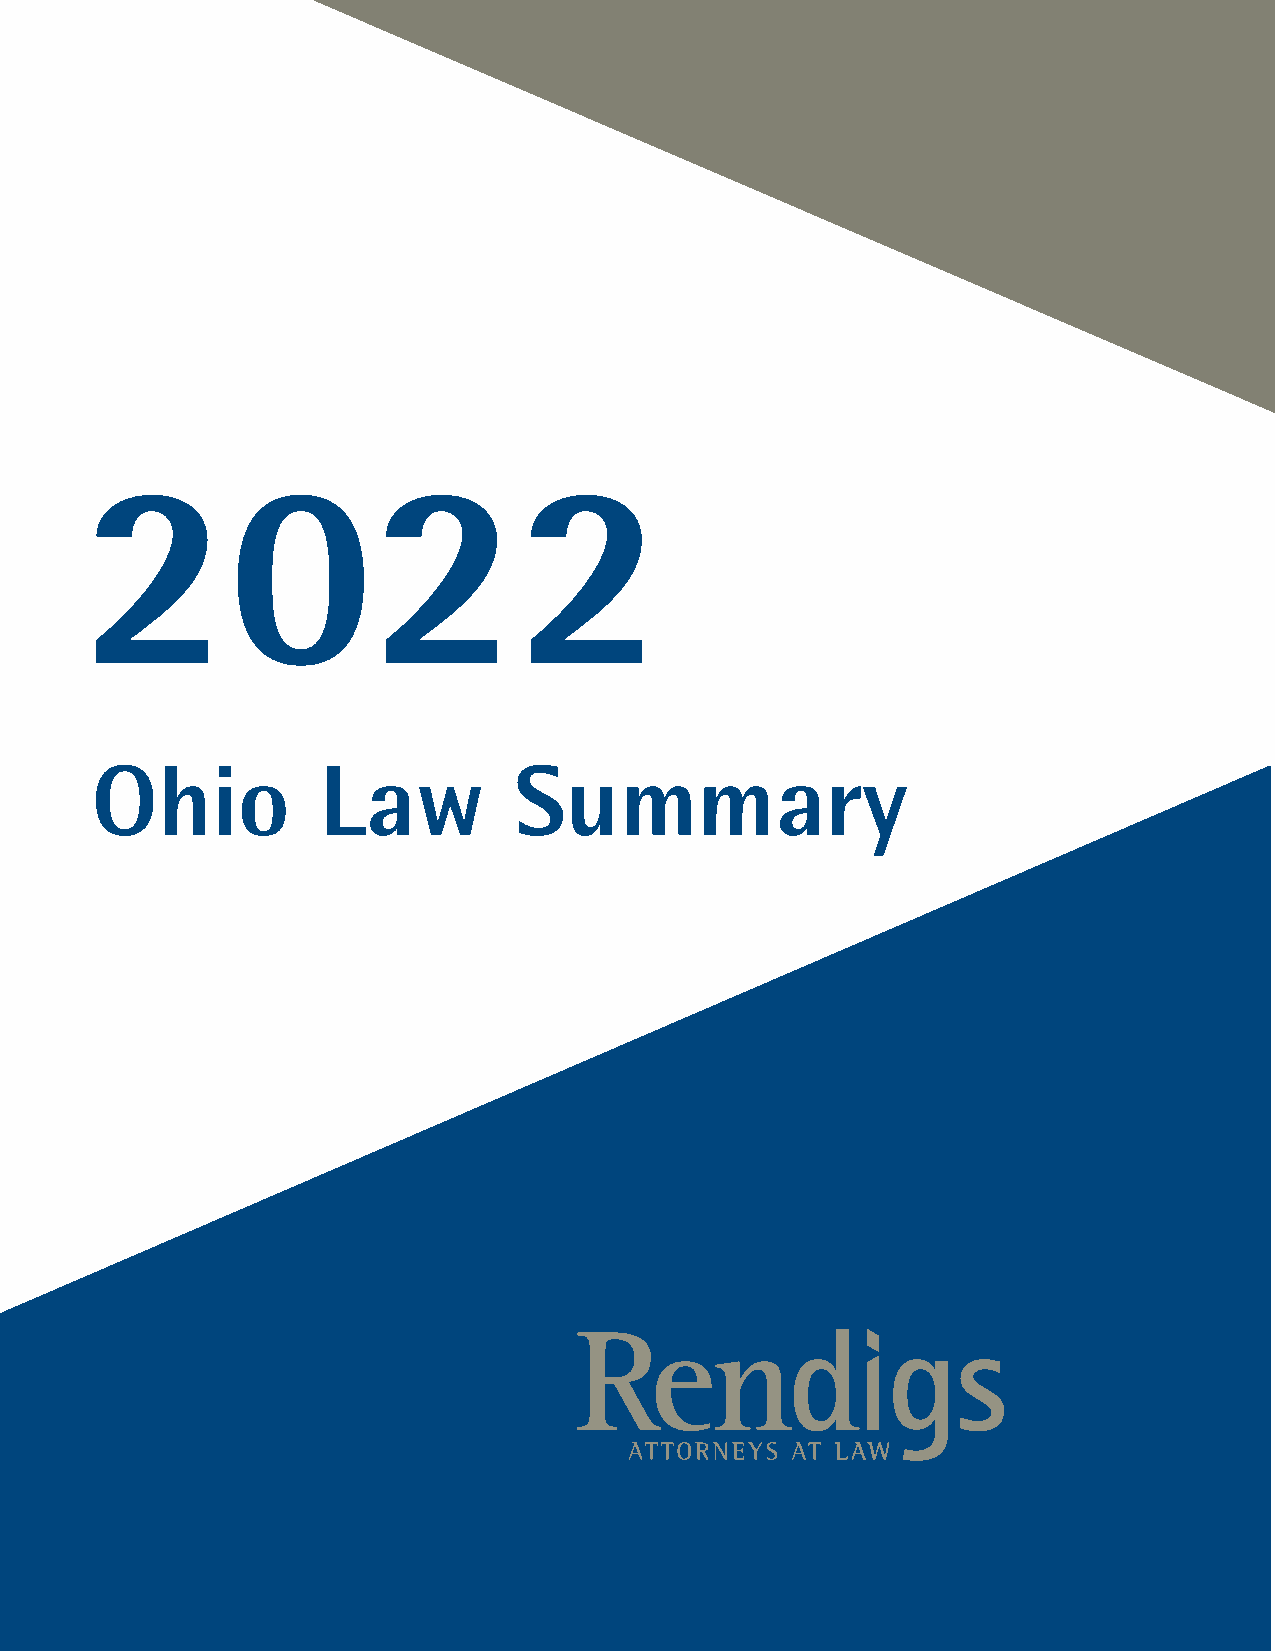
2022
 Ohio           Law          Summary